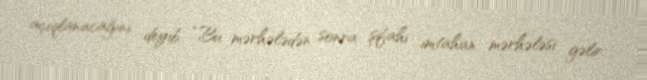
açıqlanacağını deyib: “Bu mərhələdən sonra şifahi imtahan mərhələsi gəlir.